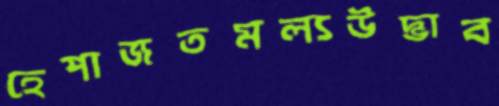
হেপাজতমল্যউদ্ভাব